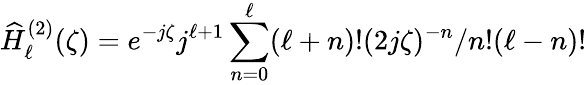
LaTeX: \widehat{H}_{\ell}^{(2)}(\zeta)=e^{-j\zeta}j^{\ell+1}\sum_{n=0}^{\ell}(\ell+n)!(2j\zeta)^{-n}/n!(\ell-n)!